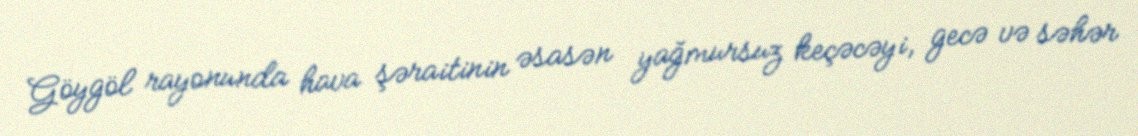
Göygöl rayonunda hava şəraitinin əsasən yağmursuz keçəcəyi, gecə və səhər